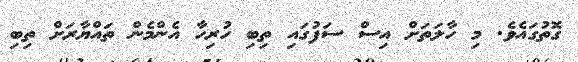
ގޮތުގައެވެ. މި ހާލަތަށް އިސް ސަފުގައި ތިބި ހުރިހާ އެންމެން ތައްޔާރަށް ތިބި